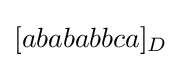
[abababbca]_{D}